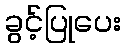
ခွင့်ပြုပေး